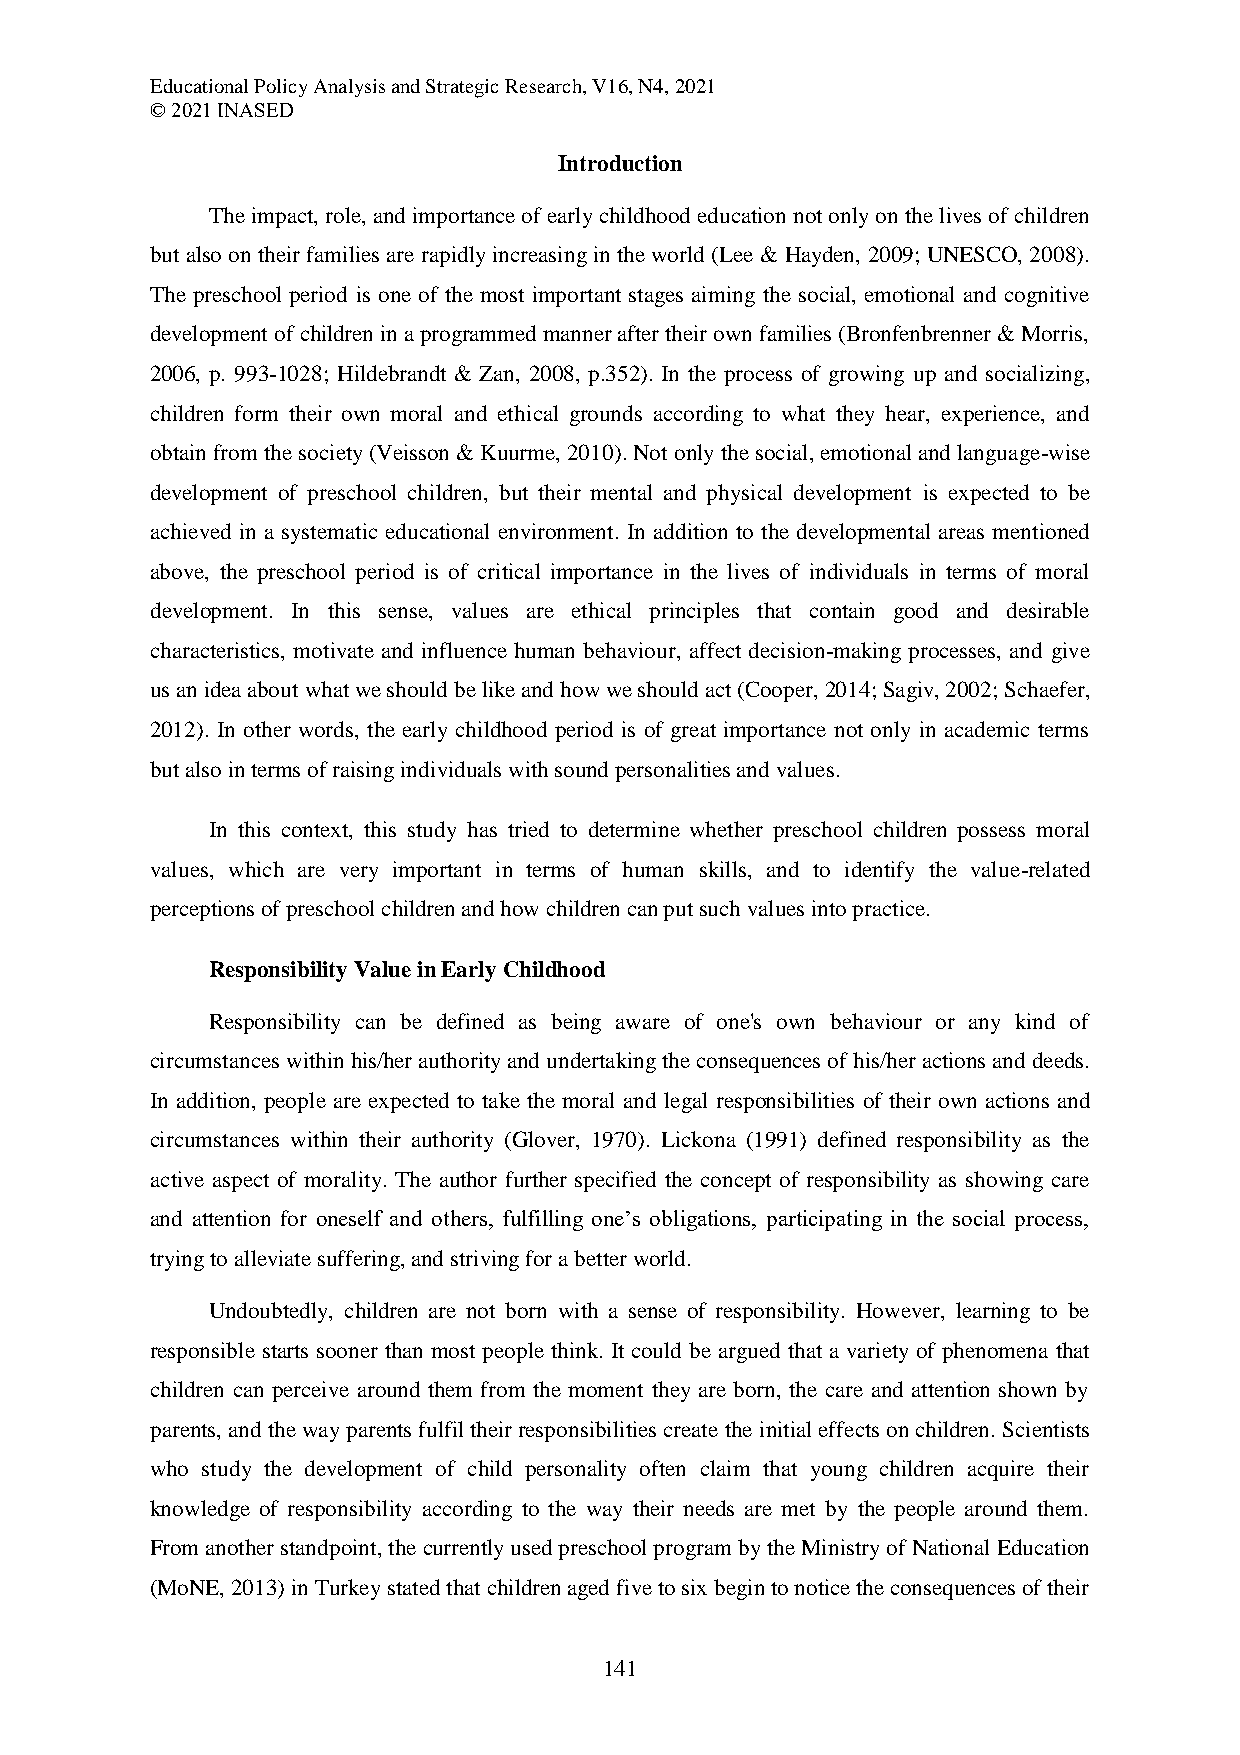
Educational Policy Analysis and Strategic Research, V16, N4, 2021
 © 2021 INASED
 Introduction
 The impact, role, and importance of early childhood education not only on the lives of children
 but also on their families are rapidly increasing in the world (Lee & Hayden, 2009; UNESCO, 2008).
 The preschool period is one of the most important stages aiming the social, emotional and cognitive
 development of children in a programmed manner after their own families (Bronfenbrenner & Morris,
 2006, p. 993-1028; Hildebrandt & Zan, 2008, p.352). In the process of growing up and socializing,
 children form their own moral and ethical grounds according to what they hear, experience, and
 obtain from the society (Veisson & Kuurme, 2010). Not only the social, emotional and language-wise
 development of preschool children, but their mental and physical development is expected to be
 achieved in a systematic educational environment. In addition to the developmental areas mentioned
 above, the preschool period is of critical importance in the lives of individuals in terms of moral
 development. In this sense, values are ethical principles that contain good and desirable
 characteristics, motivate and influence human behaviour, affect decision-making processes, and give
 us an idea about what we should be like and how we should act (Cooper, 2014; Sagiv, 2002; Schaefer,
 2012). In other words, the early childhood period is of great importance not only in academic terms
 but also in terms of raising individuals with sound personalities and values.
 In this context, this study has tried to determine whether preschool children possess moral
 values, which are very important in terms of human skills, and to identify the value-related
 perceptions of preschool children and how children can put such values into practice.
 Responsibility Value in Early Childhood
 Responsibility can be defined as being aware of one's own behaviour or any kind of
 circumstances within his/her authority and undertaking the consequences of his/her actions and deeds.
 In addition, people are expected to take the moral and legal responsibilities of their own actions and
 circumstances within their authority (Glover, 1970). Lickona (1991) defined responsibility as the
 active aspect of morality. The author further specified the concept of responsibility as showing care
 and attention for oneself and others, fulfilling one’s obligations, participating in the social process,
 trying to alleviate suffering, and striving for a better world.
 Undoubtedly, children are not born with a sense of responsibility. However, learning to be
 responsible starts sooner than most people think. It could be argued that a variety of phenomena that
 children can perceive around them from the moment they are born, the care and attention shown by
 parents, and the way parents fulfil their responsibilities create the initial effects on children. Scientists
 who study the development of child personality often claim that young children acquire their
 knowledge of responsibility according to the way their needs are met by the people around them.
 From another standpoint, the currently used preschool program by the Ministry of National Education
 (MoNE, 2013) in Turkey stated that children aged five to six begin to notice the consequences of their
 141